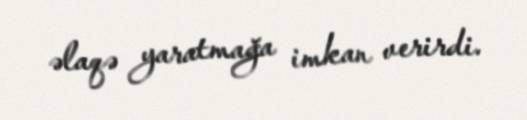
əlaqə yaratmağa imkan verirdi.